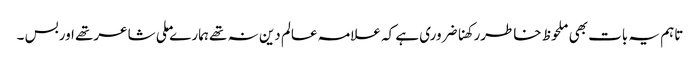
تاہم یہ بات بھی ملحوظ خاطررکھناضروری ہے کہ علامہ عالم دین نہ تھے ہمارے ملی شاعرتھے اوربس ۔